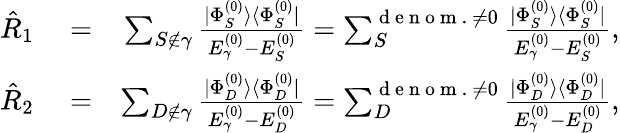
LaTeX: \begin{array}{rlr}{\hat{R}_{1}}&{{}=}&{\sum_{S\notin\gamma}^{}\frac{|\Phi_{S}^{(0)}\rangle\langle\Phi_{S}^{(0)}|}{E_{\gamma}^{(0)}-E_{S}^{(0)}}=\sum_{S}^{{\mathrm{~d~e~n~o~m~.~}\neq 0}}\frac{|\Phi_{S}^{(0)}\rangle\langle\Phi_{S}^{(0)}|}{E_{\gamma}^{(0)}-E_{S}^{(0)}},}\\ {\hat{R}_{2}}&{{}=}&{\sum_{D\notin\gamma}^{}\frac{|\Phi_{D}^{(0)}\rangle\langle\Phi_{D}^{(0)}|}{E_{\gamma}^{(0)}-E_{D}^{(0)}}=\sum_{D}^{{\mathrm{~d~e~n~o~m~.~}\neq 0}}\frac{|\Phi_{D}^{(0)}\rangle\langle\Phi_{D}^{(0)}|}{E_{\gamma}^{(0)}-E_{D}^{(0)}},}\end{array}